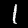
Label: 1